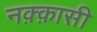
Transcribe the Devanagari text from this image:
नक़्क़ासी